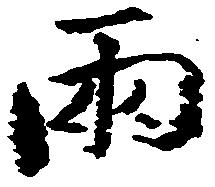
両